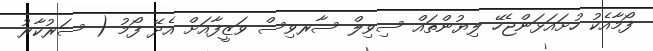
ފޯމާއެކު ހުށައަޅަންޖެހޭ ލިޔުންތައް ސިވިލް ސާރވިސް ވަޒީފާއަށް އެދޭ ފޯމު ( ސަރުކާރު